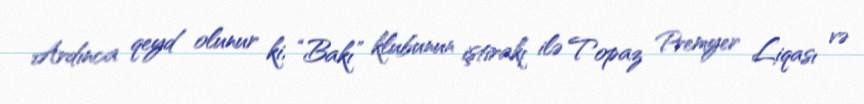
Ardınca qeyd olunur ki, “Bakı” klubunun iştirakı ilə Topaz Premyer Liqası və